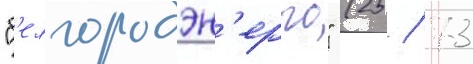
"б'елгородэн'ерго" (25 / 73